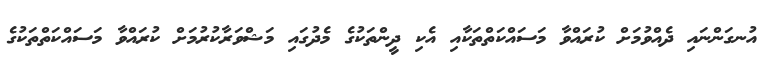
އުނގަންނައި ދެއްވުމަށް ކުރައްވާ މަސައްކަތްތަކާއި އެކި ދީންތަކުގެ މެދުގައި މަޝްވަރާކުރުމަށް ކުރައްވާ މަސައްކަތްތަކުގެ